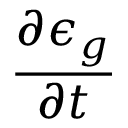
\frac { \partial \epsilon _ { g } } { \partial t }